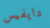
دايفيس